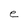
Character: e